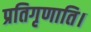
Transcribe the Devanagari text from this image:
प्रतिगृणाति।